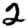
Digit: 2